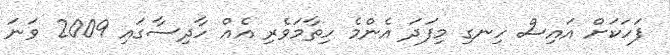
ފަހަކަށް އައިސް ހިނގި މިފަދަ އެންމެ ހިތާމަވެރި އެއް ހާދިސާގައި 2009 ވަނަ